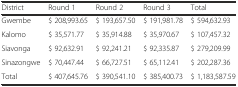
<table><thead><tr><td><b>District</b></td><td><b>Round 1</b></td><td><b>Round 2</b></td><td><b>Round 3</b></td><td><b>Total</b></td></tr></thead><tbody><tr><td>Gwembe</td><td>$ 208,993.65</td><td>$ 193,657.50</td><td>$ 191,981.78</td><td>$ 594,632.93</td></tr><tr><td>Kalomo</td><td>$ 35,571.77</td><td>$ 35,914.88</td><td>$ 35,970.67</td><td>$ 107,457.32</td></tr><tr><td>Siavonga</td><td>$ 92,632.91</td><td>$ 92,241.21</td><td>$ 92,335.87</td><td>$ 279,209.99</td></tr><tr><td>Sinazongwe</td><td>$ 70,447.44</td><td>$ 66,727.51</td><td>$ 65,112.41</td><td>$ 202,287.36</td></tr><tr><td>Total</td><td>$ 407,645.76</td><td>$ 390,541.10</td><td>$ 385,400.73</td><td>$ 1,183,587.59</td></tr></tbody></table>